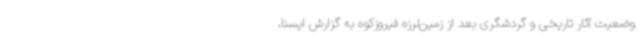
وضعیت آثار تاریخی و گردشگری بعد از زمین‌لرزه فیروزکوه به گزارش ایسنا،